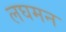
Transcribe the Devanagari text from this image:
लघमन